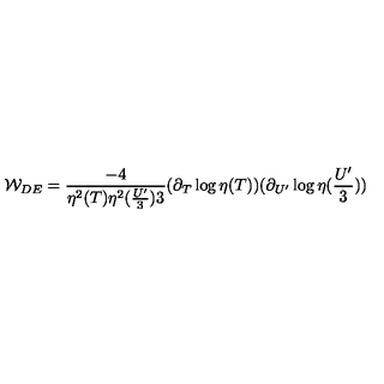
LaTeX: { \cal W } _ { D E } = \frac { - 4 } { \eta ^ { 2 } ( T ) \eta ^ { 2 } ( \frac { U ^ { \prime } } { 3 } ) 3 } ( \partial _ { T } \log \eta ( T ) ) ( \partial _ { U ^ { \prime } } \log \eta ( \frac { U ^ { \prime } } { 3 } ) )